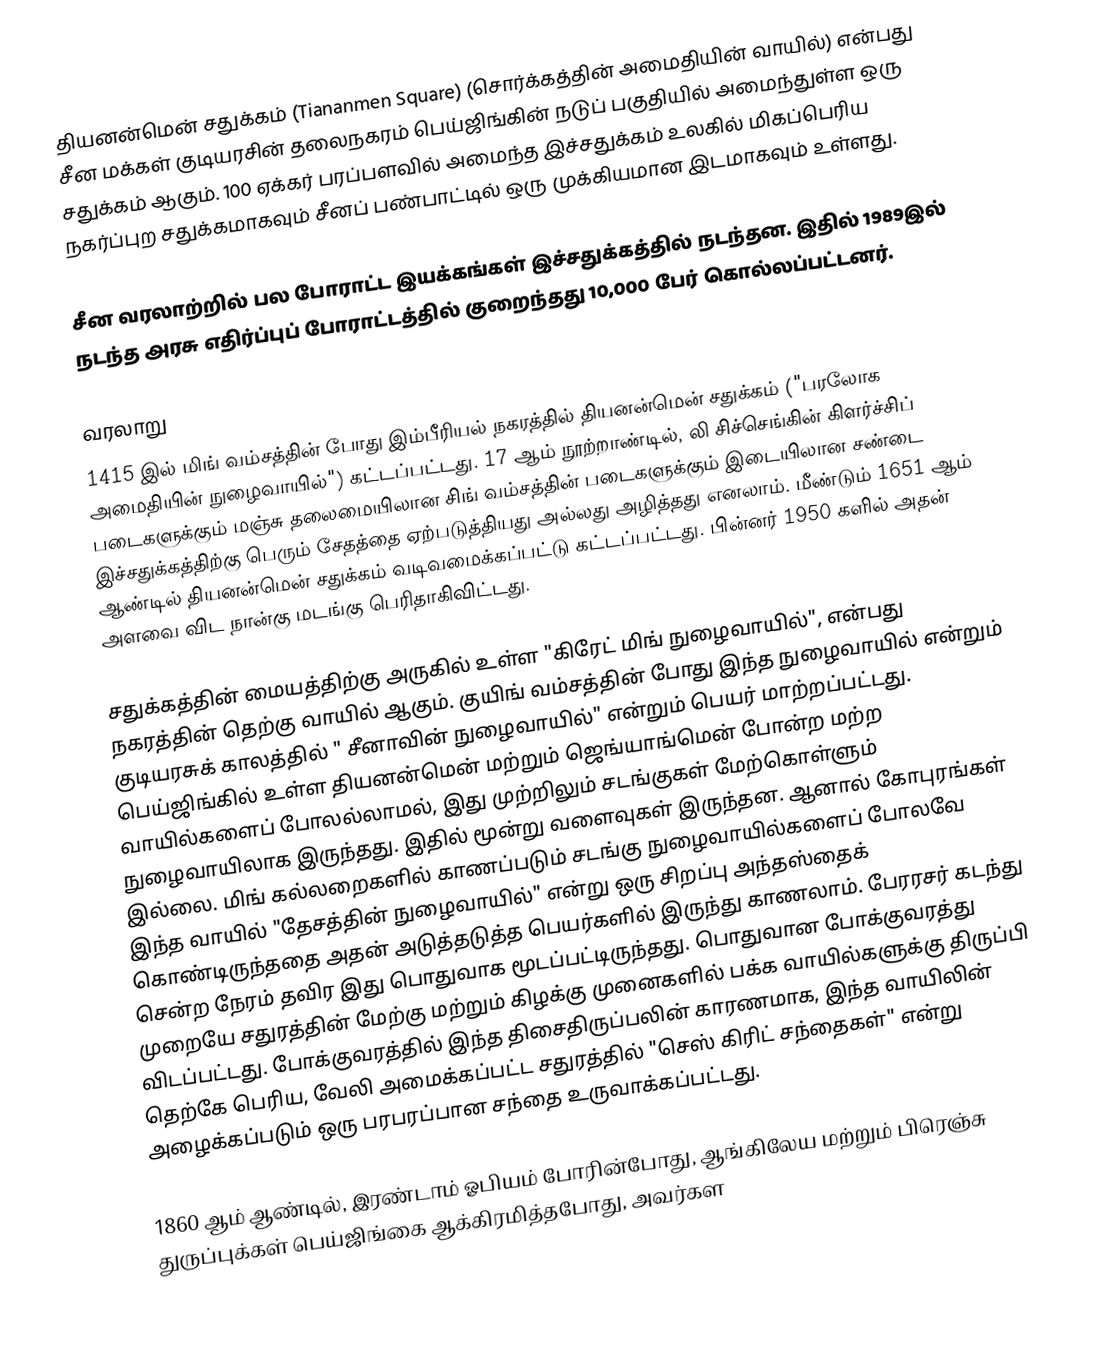
தியனன்மென் சதுக்கம் (Tiananmen Square) (சொர்க்கத்தின் அமைதியின் வாயில்) என்பது  சீன மக்கள் குடியரசின் தலைநகரம் பெய்ஜிங்கின் நடுப் பகுதியில் அமைந்துள்ள ஒரு சதுக்கம் ஆகும். 100 ஏக்கர் பரப்பளவில் அமைந்த இச்சதுக்கம் உலகில் மிகப்பெரிய நகர்ப்புற சதுக்கமாகவும் சீனப் பண்பாட்டில் ஒரு முக்கியமான இடமாகவும் உள்ளது.

சீன வரலாற்றில் பல போராட்ட இயக்கங்கள் இச்சதுக்கத்தில் நடந்தன. இதில் 1989இல் நடந்த அரசு எதிர்ப்புப் போராட்டத்தில் குறைந்தது 10,000 பேர் கொல்லப்பட்டனர்.

வரலாறு
1415 இல் மிங் வம்சத்தின் போது  இம்பீரியல் நகரத்தில் தியனன்மென் சதுக்கம் ("பரலோக அமைதியின் நுழைவாயில்") கட்டப்பட்டது. 17 ஆம் நூற்றாண்டில், லி சிச்செங்கின் கிளர்ச்சிப் படைகளுக்கும் மஞ்சு தலைமையிலான சிங் வம்சத்தின் படைகளுக்கும் இடையிலான சண்டை இச்சதுக்கத்திற்கு பெரும் சேதத்தை ஏற்படுத்தியது அல்லது அழித்தது எனலாம். மீண்டும் 1651 ஆம் ஆண்டில் தியனன்மென் சதுக்கம் வடிவமைக்கப்பட்டு கட்டப்பட்டது. பின்னர் 1950 களில் அதன் அளவை விட நான்கு மடங்கு பெரிதாகிவிட்டது.

சதுக்கத்தின் மையத்திற்கு அருகில் உள்ள "கிரேட் மிங் நுழைவாயில்", என்பது நகரத்தின் தெற்கு வாயில் ஆகும். குயிங் வம்சத்தின் போது இந்த நுழைவாயில் என்றும் குடியரசுக் காலத்தில் " சீனாவின் நுழைவாயில்" என்றும் பெயர் மாற்றப்பட்டது. பெய்ஜிங்கில் உள்ள தியனன்மென் மற்றும் ஜெங்யாங்மென் போன்ற மற்ற வாயில்களைப் போலல்லாமல், இது முற்றிலும் சடங்குகள் மேற்கொள்ளும் நுழைவாயிலாக இருந்தது. இதில் மூன்று வளைவுகள் இருந்தன. ஆனால் கோபுரங்கள் இல்லை. மிங் கல்லறைகளில் காணப்படும் சடங்கு நுழைவாயில்களைப் போலவே இந்த வாயில் "தேசத்தின் நுழைவாயில்" என்று ஒரு சிறப்பு அந்தஸ்தைக் கொண்டிருந்ததை அதன் அடுத்தடுத்த பெயர்களில் இருந்து காணலாம். பேரரசர் கடந்து சென்ற நேரம் தவிர இது பொதுவாக மூடப்பட்டிருந்தது. பொதுவான போக்குவரத்து முறையே சதுரத்தின் மேற்கு மற்றும் கிழக்கு முனைகளில் பக்க வாயில்களுக்கு திருப்பி விடப்பட்டது. போக்குவரத்தில் இந்த திசைதிருப்பலின் காரணமாக, இந்த வாயிலின் தெற்கே பெரிய, வேலி அமைக்கப்பட்ட சதுரத்தில் "செஸ் கிரிட் சந்தைகள்" என்று அழைக்கப்படும் ஒரு பரபரப்பான சந்தை உருவாக்கப்பட்டது.

1860 ஆம் ஆண்டில், இரண்டாம் ஓபியம் போரின்போது, ஆங்கிலேய மற்றும் பிரெஞ்சு துருப்புக்கள் பெய்ஜிங்கை ஆக்கிரமித்தபோது, அவர்கள